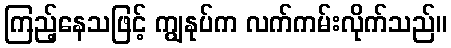
ကြည့်နေသဖြင့် ကျွနုပ်က လက်ကမ်းလိုက်သည်။